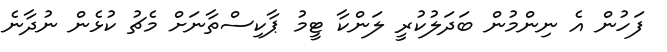
ފަހުން އެ ނިންމުން ބަދަލުކުރީ ލަންކާ ޓީމު ޕާކިސްތާނަށް މެޗު ކުޅެން ނުދާނެ